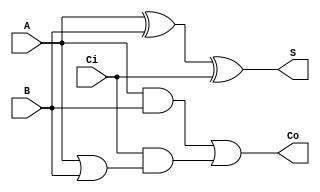
module st_fa(Co, S, A, B, Ci);

    output Co, S;

    input A, B, Ci;

    wire w1, w2, w3;


    // COLOANA 1
    xor(S, A, B, Ci);

    and(w1, A, B);

    or(w2, A, B);

    // COLOANA 2
    and(w3, Ci, w2);

    // COLOANA 3 

    or(Co, w1, w3);

endmodule 

module st_fa4(Co, S, A, B, Ci);

    output Co;
    output[3:0] S;

    input Ci;
    input[3:0] A, B;

    wire[2:0] w;


    st_fa lsb(w[0], S[0], A[0], B[0], Ci);

    st_fa bit1(w[1], S[1], A[1], B[1], w[0]);

    st_fa bit2(w[2], S[2], A[2], B[2], w[1]);

    st_fa msb(Co, S[3], A[3], B[3], w[2]);

endmodule

module st_fa4_tb();

    reg Ci;
    reg[3:0] a, b;

    wire[3:0] S;
    wire Co;

    integer i;

    initial begin


        $dumpfile("st_fa4");
        $dumpvars;


        a = 0; b = 0; Ci = 0;

        for(i = 0; i < 16; i++) begin 
            #10 a = $random;
            b = $random;
            Ci = $random;

        end 

        #10 $finish;

    end;

    st_fa4 st_fa4_1(Co, S, a, b, Ci);

endmodule